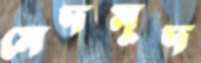
মেদমুদ